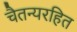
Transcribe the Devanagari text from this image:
चैतन्यरहित